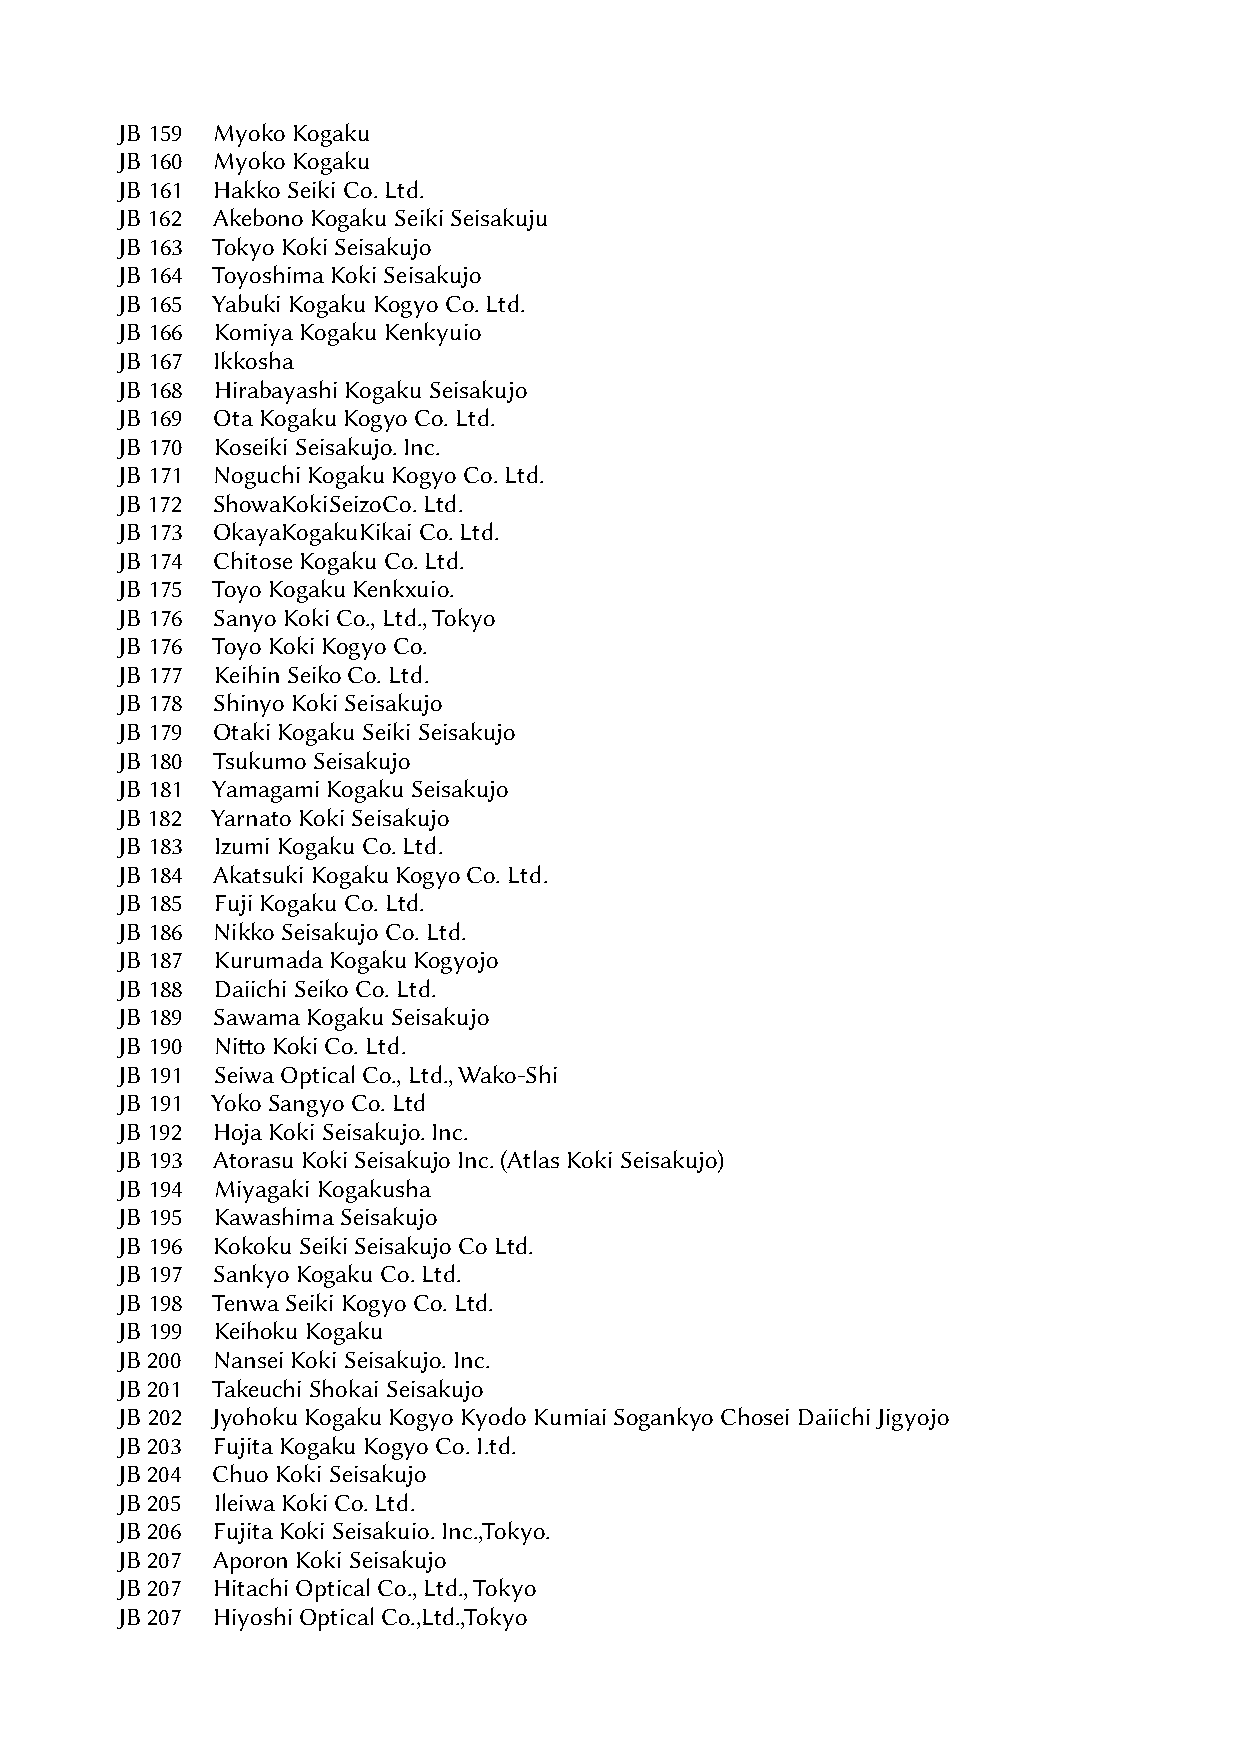
JB 159 Myoko Kogaku
 JB 160 Myoko Kogaku
 JB 161 Hakko Seiki Co. Ltd.
 JB 162 Akebono Kogaku Seiki Seisakuju
 JB 163 Tokyo Koki Seisakujo
 JB 164 Toyoshima Koki Seisakujo
 JB 165 Yabuki Kogaku Kogyo Co. Ltd.
 JB 166 Komiya Kogaku Kenkyuio
 JB 167 Ikkosha
 JB 168 Hirabayashi Kogaku Seisakujo
 JB 169 Ota Kogaku Kogyo Co. Ltd.
 JB 170 Koseiki Seisakujo. Inc.
 JB 171 Noguchi Kogaku Kogyo Co. Ltd.
 JB 172 ShowaKokiSeizoCo. Ltd.
 JB 173 OkayaKogakuKikai Co. Ltd.
 JB 174 Chitose Kogaku Co. Ltd.
 JB 175 Toyo Kogaku Kenkxuio.
 JB 176 Sanyo Koki Co., Ltd., Tokyo
 JB 176 Toyo Koki Kogyo Co.
 JB 177 Keihin Seiko Co. Ltd.
 JB 178 Shinyo Koki Seisakujo
 JB 179 Otaki Kogaku Seiki Seisakujo
 JB 180 Tsukumo Seisakujo
 JB 181 Yamagami Kogaku Seisakujo
 JB 182 Yarnato Koki Seisakujo
 JB 183 Izumi Kogaku Co. Ltd.
 JB 184 Akatsuki Kogaku Kogyo Co. Ltd.
 JB 185 Fuji Kogaku Co. Ltd.
 JB 186 Nikko Seisakujo Co. Ltd.
 JB 187 Kurumada Kogaku Kogyojo
 JB 188 Daiichi Seiko Co. Ltd.
 JB 189 Sawama Kogaku Seisakujo
 JB 190 Nitteo Koki Co. Ltd.
 JB 191 Seiwa Optical Co., Ltd., Wako-Shi
 JB 191 Yoko Sangyo Co. Ltd
 JB 192 Hoja Koki Seisakujo. Inc.
 JB 193 Atorasu Koki Seisakujo Inc. (Atlas Koki Seisakujo)
 JB 194 Miyagaki Kogakusha
 JB 195 Kawashima Seisakujo
 JB 196 Kokoku Seiki Seisakujo Co Ltd.
 JB 197 Sankyo Kogaku Co. Ltd.
 JB 198 Tenwa Seiki Kogyo Co. Ltd.
 JB 199 Keihoku Kogaku
 JB 200 Nansei Koki Seisakujo. Inc.
 JB 201 Takeuchi Shokai Seisakujo
 JB 202 Jyohoku Kogaku Kogyo Kyodo Kumiai Sogankyo Chosei Daiichi Jigyojo
 JB 203 Fujita Kogaku Kogyo Co. I.td.
 JB 204 Chuo Koki Seisakujo
 JB 205 Ileiwa Koki Co. Ltd.
 JB 206 Fujita Koki Seisakuio. Inc.,Tokyo.
 JB 207 Aporon Koki Seisakujo
 JB 207 Hitachi Optical Co., Ltd., Tokyo
 JB 207 Hiyoshi Optical Co.,Ltd.,Tokyo